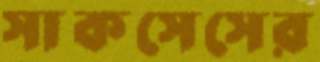
সাকসেসের